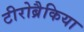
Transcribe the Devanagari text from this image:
टीरोब्रैकिया